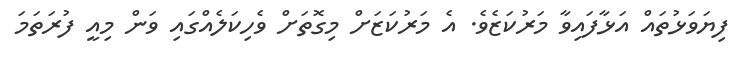
ފިޔަވަޅުތައް އަޅާފައިވާ މަރުކަޒެވެ. އެ މަރުކަޒަށް މިގޮތަށް ވެހިކަލެއްގައި ވަން މިއީ ފުރަތަމަ